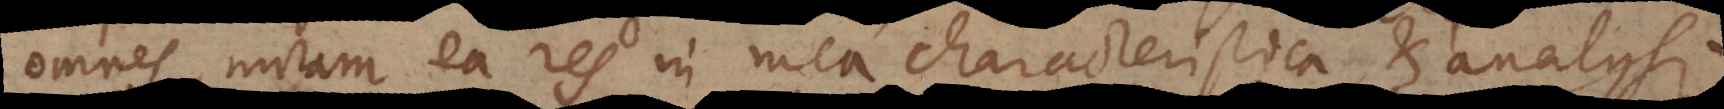
omnes, miram ea res in mea characteristica, et analysi